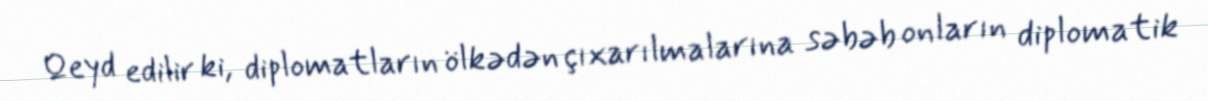
Qeyd edilir ki, diplomatların ölkədən çıxarılmalarına səbəb onların diplomatik